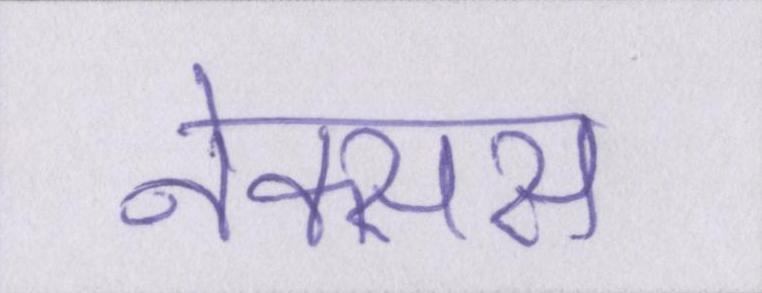
नेक्सस